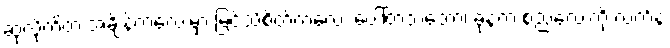
ဆုံလိုက်တဲ့ အချိန်ကလေးမှာ မြင်သိစိတ်ကလေး ပေါ်တဲ့သဘော၊ ခုနက စည်လေးကို လက်နဲ့